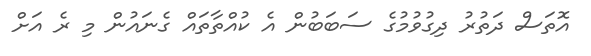
އޮތަސް ދަތުރު ދިގުވުމުގެ ސަބަބުން އެ ކުއްތާތައް ގެނައުން މި ރެ އަށް